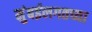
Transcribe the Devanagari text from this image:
मुंबईलगतच्या